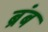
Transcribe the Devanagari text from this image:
ब्रंब